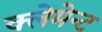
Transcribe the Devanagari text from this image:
क्लेमेन्ट